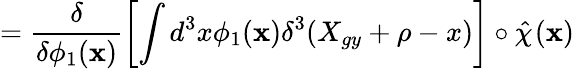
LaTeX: =\frac{\delta}{\delta\phi_{1}(\textbf{x})}\left[\int d^{3}x\phi_{1}(\textbf{x})\delta^{3}(X_{gy}+\rho-x)\right]\circ\hat{\chi}_{}(\textbf{x})